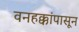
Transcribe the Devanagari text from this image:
वनहक्कांपासून